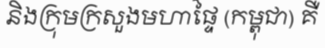
និងក្រុមក្រសួងមហាផ្ទៃ (កម្ពុជា) គឺ